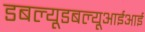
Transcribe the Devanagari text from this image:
डबल्यूडबल्यूआईआई